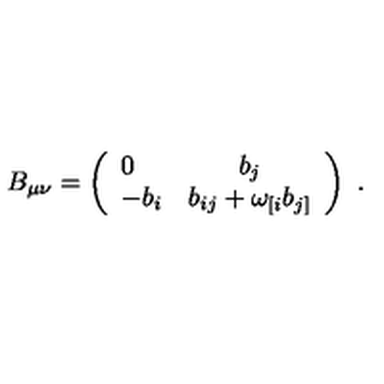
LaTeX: B _ { \mu \nu } = \left( \begin{array} { l c } { 0 } & { b _ { j } } \\ { - b _ { i } } & { b _ { i j } + \omega _ { [ i } b _ { j ] } } \\ \end{array} \right) \ .